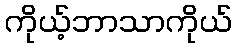
ကိုယ့်ဘာသာကိုယ်